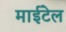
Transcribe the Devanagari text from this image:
माईटेल